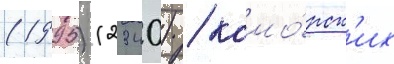
(1995) (2340) / комо́рск'их